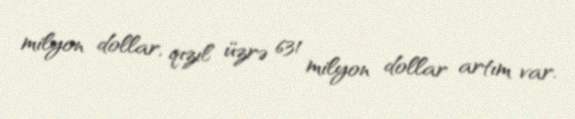
milyon dollar, qızıl üzrə 631 milyon dollar artım var.